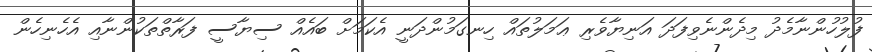
ފުލުހުންނާމެދު މިދެންނެވިފަދަ އަނިޔާވެރި ޢަމަލުތައް ހިނގަމުންދަނީ އެކަމަށް ބައެއް ސިޔާސީ ފަރާތްތަކުންނާއި އެހެނިހެން